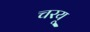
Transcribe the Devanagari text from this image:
चरयू